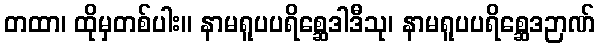
တထာ၊ ထိုမှတစ်ပါး။ နာမရူပပရိစ္ဆေဒါဒီသု၊ နာမရူပပရိစ္ဆေဒဉာဏ်